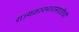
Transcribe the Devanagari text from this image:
राज्यकारभारासाठीची